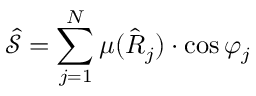
\mathcal { \hat { S } } = \sum _ { j = 1 } ^ { N } \mu ( \hat { R } _ { j } ) \cdot \cos \varphi _ { j }